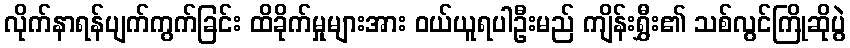
လိုက်နာရန်ပျက်ကွက်ခြင်း ထိခိုက်မှုများအား ဝယ်ယူရပါဦးမည် ကျိန်းရွှီး၏ သစ်လွင်ကြိုဆိုပွဲ